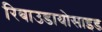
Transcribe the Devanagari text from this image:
रिबाउडायोसाइड